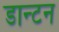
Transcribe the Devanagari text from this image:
डान्टन